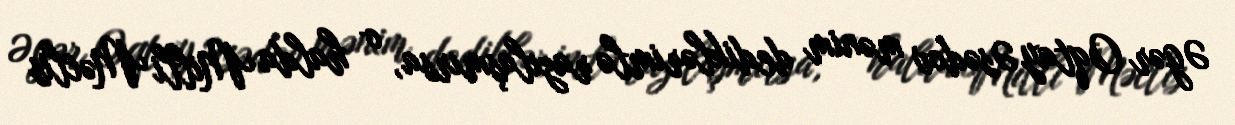
Əgər Oqtay Əsədov mənim dediklərimlə razılaşmırsa, o halda Milli Məclis